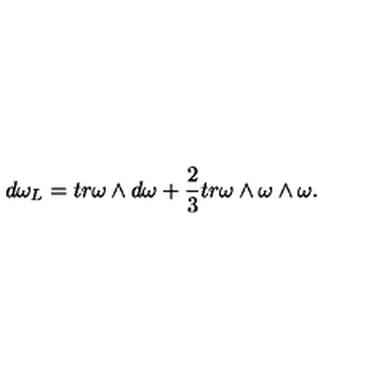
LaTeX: d \omega _ { L } = t r \omega \wedge d \omega + \frac { 2 } { 3 } t r \omega \wedge \omega \wedge \omega .